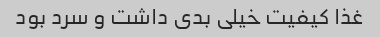
غذا کیفیت خیلى بدى داشت و سرد بود